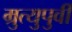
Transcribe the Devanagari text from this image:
म्रुत्युपुर्वी